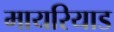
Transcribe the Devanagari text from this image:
मायरियाड